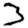
Digit: 3